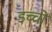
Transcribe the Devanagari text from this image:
डच्चों